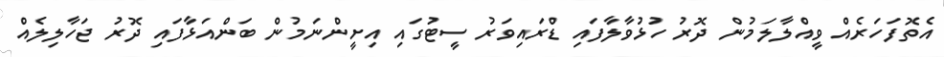
އެތޮފަހަރެއް ވީއްލާލަމުން ދޮރު ހުޅުވާލާފައި ޑްރައިވަރު ސީޓުގައި އިށީންނަމުން ބަންއަޅާފައި ދޮރު ޖަހާލިލެއް